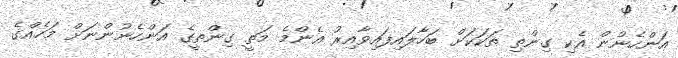
އަންހެނުން އެކި ގިންތި ތަކަކަށް ބަހާލައިފައިވާއިރު އެންމެ މަތީ ގިންތީގެ އަންހެނުންނަށް މަހެއްގެ